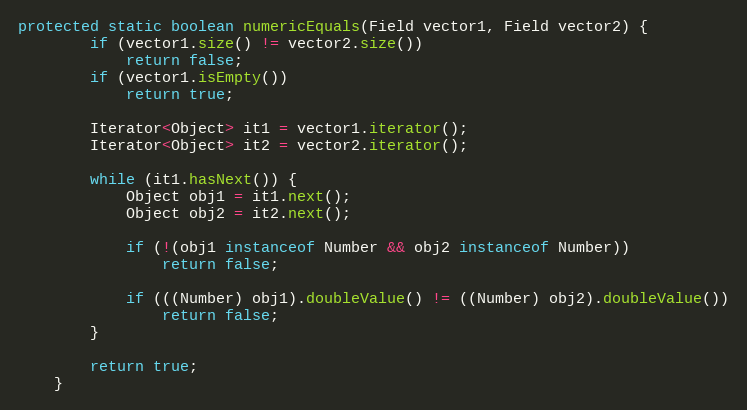
Language: Java
protected static boolean numericEquals(Field vector1, Field vector2) {
		if (vector1.size() != vector2.size())
			return false;
		if (vector1.isEmpty())
			return true;

		Iterator<Object> it1 = vector1.iterator();
		Iterator<Object> it2 = vector2.iterator();

		while (it1.hasNext()) {
			Object obj1 = it1.next();
			Object obj2 = it2.next();

			if (!(obj1 instanceof Number && obj2 instanceof Number))
				return false;

			if (((Number) obj1).doubleValue() != ((Number) obj2).doubleValue())
				return false;
		}

		return true;
	}